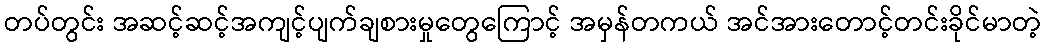
တပ်တွင်း အဆင့်ဆင့်အကျင့်ပျက်ချစားမှုတွေကြောင့် အမှန်တကယ် အင်အားတောင့်တင်းခိုင်မာတဲ့